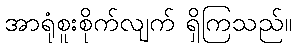
အာရုံစူးစိုက်လျက် ရှိကြသည်။